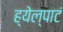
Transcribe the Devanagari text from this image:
ह्येल्पाटं